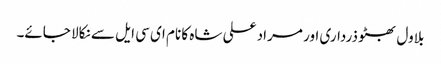
بلاول بھٹو ذرداری اور مراد علی شاہ کا نام ای سی ایل سے نکالا جائے۔